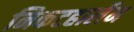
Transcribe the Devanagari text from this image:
निकटहार्लेम